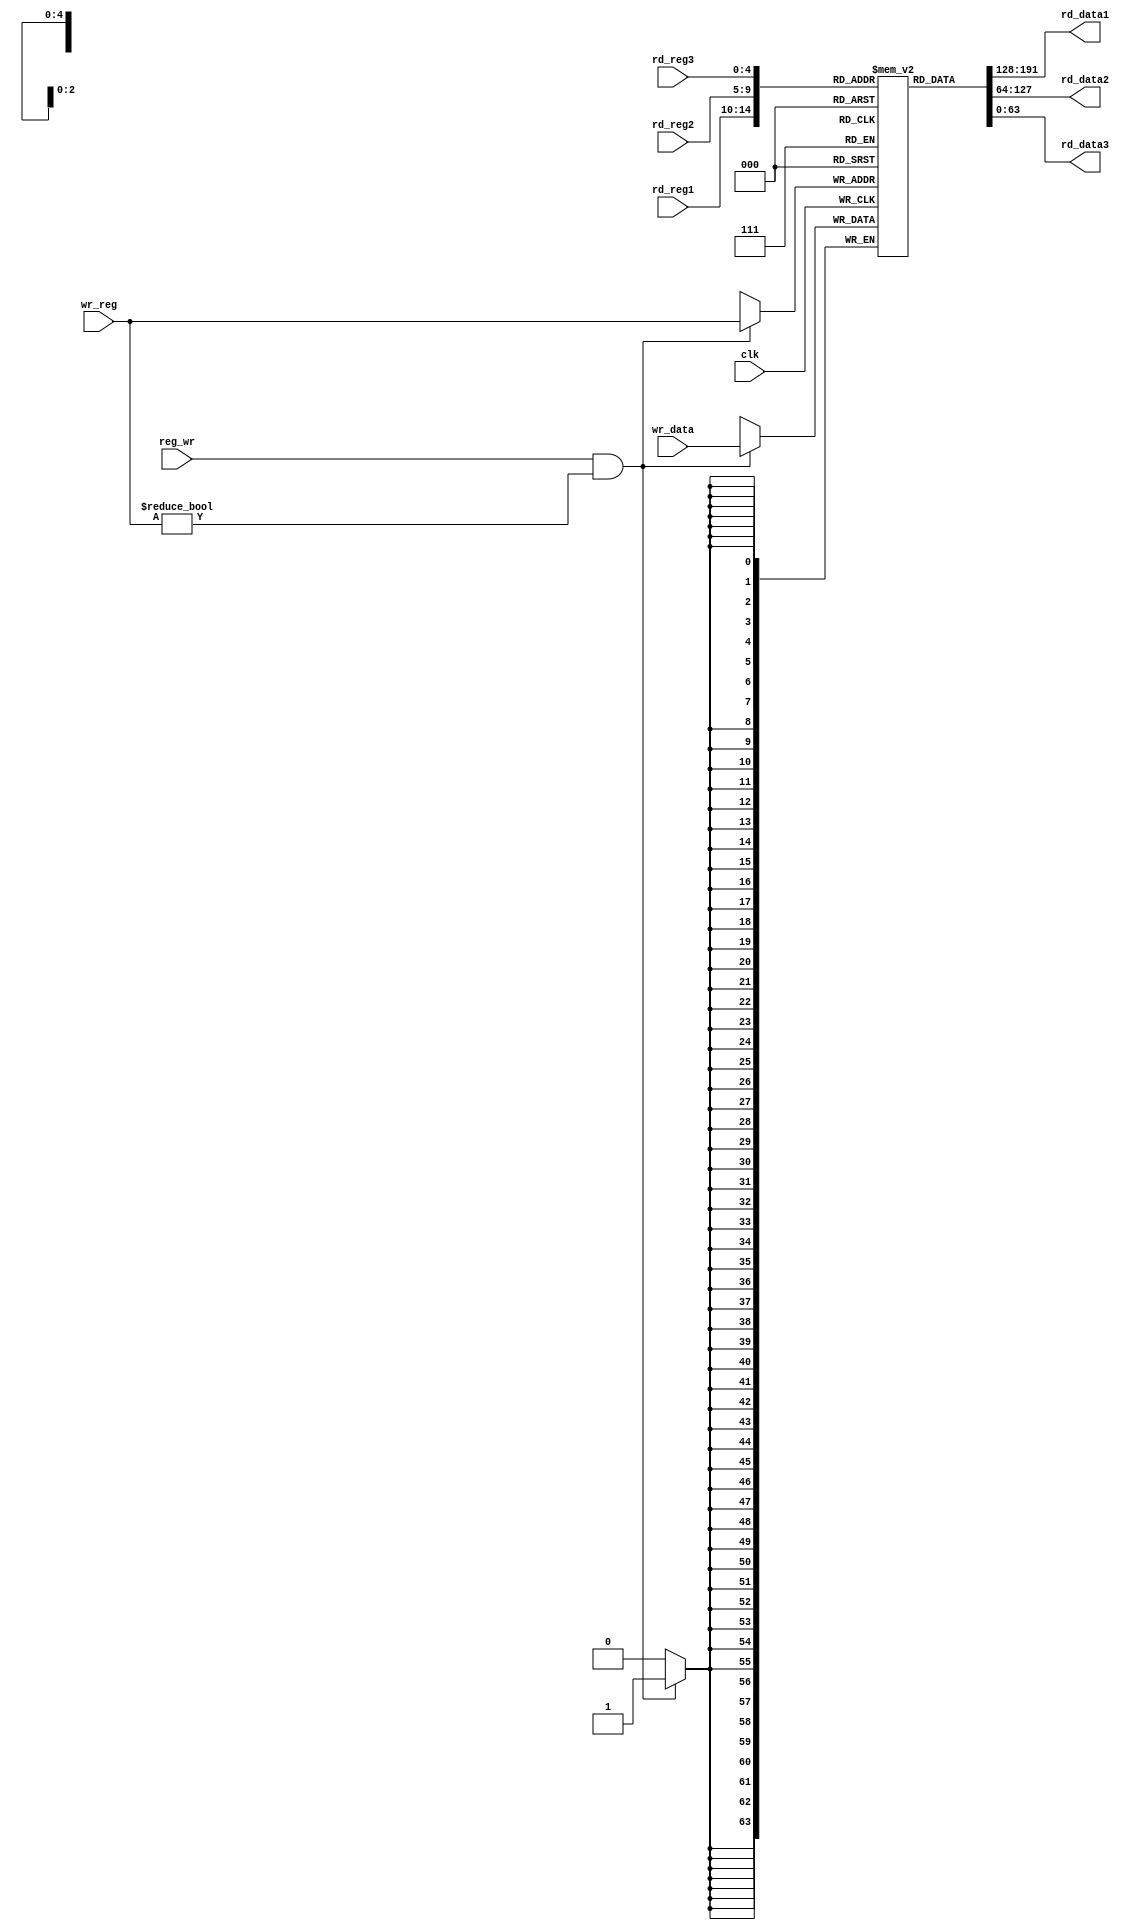
module REG_FILE(rd_reg1, rd_reg2, wr_reg, wr_data, rd_data1, rd_data2, reg_wr,clk,rd_reg3, rd_data3);////////////////////////////////

// for testing purposes
  input [4:0] rd_reg3;
  output reg [63:0] rd_data3;
  
input [63:0] wr_data;
input [4:0] rd_reg1, rd_reg2, wr_reg;
input reg_wr, clk;

output reg [63:0] rd_data1, rd_data2;

reg [63:0] reg_file [31:0];
integer i;
  
// initializing the register file so I can operate on them normaly and not on an unknown value (x)
initial
  for(i = 0; i < 32; i = i + 1)
    reg_file[i] = i;
  
always@ (rd_reg1 or rd_reg2 or clk) begin

rd_data1 = reg_file[rd_reg1];
rd_data2 = reg_file[rd_reg2];
rd_data3 = reg_file[rd_reg3];

end

always@ (posedge clk) begin
    
  if(reg_wr == 1 && wr_reg != 5'd0)
	reg_file[wr_reg] = wr_data;

end
endmodule


module test_reg_file;

reg [63:0] wr_data;
reg [4:0] rd_reg1, rd_reg2, wr_reg;
reg reg_wr, clk=0;

reg [4:0] rd_reg3;
wire [63:0] rd_data3;

wire [63:0] rd_data1, rd_data2;

REG_FILE regfile(rd_reg1, rd_reg2, wr_reg, wr_data, rd_data1, rd_data2, reg_wr,clk
                ,rd_reg3, rd_data3);

always #2 clk <= ~clk;

initial begin
  $dumpfile("dump.vcd");
  $dumpvars;
$monitor("reg_wr = %b, wr_data =%d , rd_reg1 = %d , rd_reg2 = %d , rd_reg3 = %d , wr_reg = %d , rd_data1 =%d , rd_data2 =%d , rd_data3 =%d",reg_wr,wr_data,rd_reg1,rd_reg2,rd_reg3,wr_reg,rd_data1,rd_data2,rd_data3);


$display("testing the Reading without writing : ");
reg_wr = 0; rd_reg3 = 21;
rd_reg1 = 10; rd_reg2 = 1;  wr_reg = 21;  wr_data = 65535; #4; rd_reg3 = wr_reg;
rd_reg1 = 21; rd_reg2 = 2;  wr_reg = 30;  wr_data = 65535; #4; rd_reg3 = wr_reg;
rd_reg1 = 30; rd_reg2 = 3;  wr_reg = 31;  wr_data = 65535; #4; rd_reg3 = wr_reg;
rd_reg1 = 31; rd_reg2 = 4;  wr_reg = 14;  wr_data = 65535; #4; rd_reg3 = wr_reg;
rd_reg1 = 14; rd_reg2 = 31; wr_reg = 23;  wr_data = 65535; #4; rd_reg3 = wr_reg;
rd_reg1 = 28; rd_reg2 = 23; wr_reg = 26;  wr_data = 65535; #4; rd_reg3 = wr_reg;
rd_reg1 = 2;  rd_reg2 = 26; wr_reg = 19;  wr_data = 65535; #4; rd_reg3 = wr_reg;
rd_reg1 = 18; rd_reg2 = 19; wr_reg = 1;   wr_data = 65535; #4; rd_reg3 = wr_reg;
rd_reg1 = 1;  rd_reg2 = 1;  wr_reg = 0;   wr_data = 65535; #4; rd_reg3 = wr_reg;
#4;

$display("testing Writing : ");
$monitor("reg_wr = %b, wr_data =%d , rd_reg3 = %d , wr_reg = %d , rd_data3 = %d",reg_wr,wr_data,rd_reg3,wr_reg,rd_data3);

wr_data = 65535;
$display("");
reg_wr = 0;
rd_reg1 = 10; rd_reg2 = 1;  wr_reg = 21; rd_reg3 = wr_reg; #4;
reg_wr = 1;
rd_reg1 = 10; rd_reg2 = 1;  wr_reg = 21; #4; 
reg_wr = 0;
rd_reg1 = 10; rd_reg2 = 1;  wr_reg = 21; #4;

wr_data = 111111;
$display("");
reg_wr = 0;
rd_reg1 = 21; rd_reg2 = 2;  wr_reg = 30; rd_reg3 = wr_reg; #4; 
reg_wr = 1;
rd_reg1 = 21; rd_reg2 = 2;  wr_reg = 30; #4; 
reg_wr = 0;
rd_reg1 = 21; rd_reg2 = 2;  wr_reg = 30; #4;

wr_data = 222222;
$display("");
reg_wr = 0;
rd_reg1 = 30; rd_reg2 = 3;  wr_reg = 31; rd_reg3 = wr_reg; #4;
reg_wr = 1;
rd_reg1 = 30; rd_reg2 = 3;  wr_reg = 31; #4; 
reg_wr = 0;
rd_reg1 = 30; rd_reg2 = 3;  wr_reg = 31; #4;

wr_data = 3333333;
$display("");
reg_wr = 0;
rd_reg1 = 31; rd_reg2 = 4;  wr_reg = 14; rd_reg3 = wr_reg; #4;
reg_wr = 1;
rd_reg1 = 31; rd_reg2 = 4;  wr_reg = 14; #4; 
reg_wr = 0;
rd_reg1 = 31; rd_reg2 = 4;  wr_reg = 14; #4;

wr_data = 4444444;
$display("");
reg_wr = 0;
rd_reg1 = 14; rd_reg2 = 31; wr_reg = 23; rd_reg3 = wr_reg; #4;
reg_wr = 1;
rd_reg1 = 14; rd_reg2 = 31; wr_reg = 23; #4; 
reg_wr = 0;
rd_reg1 = 14; rd_reg2 = 31; wr_reg = 23; #4;

wr_data = 5555555;
$display("");
reg_wr = 0;
rd_reg1 = 28; rd_reg2 = 23; wr_reg = 26; rd_reg3 = wr_reg; #4;
reg_wr = 1;
rd_reg1 = 28; rd_reg2 = 23; wr_reg = 26; #4; 
reg_wr = 0;
rd_reg1 = 28; rd_reg2 = 23; wr_reg = 26; #4;

wr_data = 6666666;
$display("");
reg_wr = 0;
rd_reg1 = 2;  rd_reg2 = 26; wr_reg = 19; rd_reg3 = wr_reg; #4;
reg_wr = 1;
rd_reg1 = 2;  rd_reg2 = 26; wr_reg = 19; #4; 
reg_wr = 0;
rd_reg1 = 2;  rd_reg2 = 26; wr_reg = 19; #4;

wr_data = 777777;
$display("");
reg_wr = 0;
rd_reg1 = 18; rd_reg2 = 19; wr_reg = 1;  rd_reg3 = wr_reg; #4;
reg_wr = 1;
rd_reg1 = 18; rd_reg2 = 19; wr_reg = 1;  #4; 
reg_wr = 0;
rd_reg1 = 18; rd_reg2 = 19; wr_reg = 1;  #4;

wr_data = 8888888;
$display("");
reg_wr = 0;
rd_reg1 = 1;  rd_reg2 = 1;  wr_reg = 0;  rd_reg3 = wr_reg; #4;
reg_wr = 1;
rd_reg1 = 1;  rd_reg2 = 1;  wr_reg = 0;  #4; 
reg_wr = 0;
rd_reg1 = 1;  rd_reg2 = 1;  wr_reg = 0;  #4;


$finish;
end



endmodule